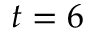
t = 6